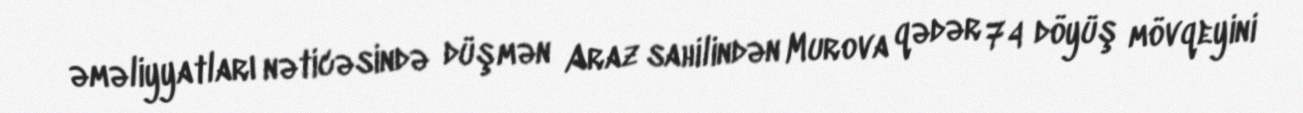
əməliyyatları nəticəsində düşmən Araz sahilindən Murova qədər 74 döyüş mövqeyini